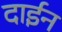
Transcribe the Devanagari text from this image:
दाईन